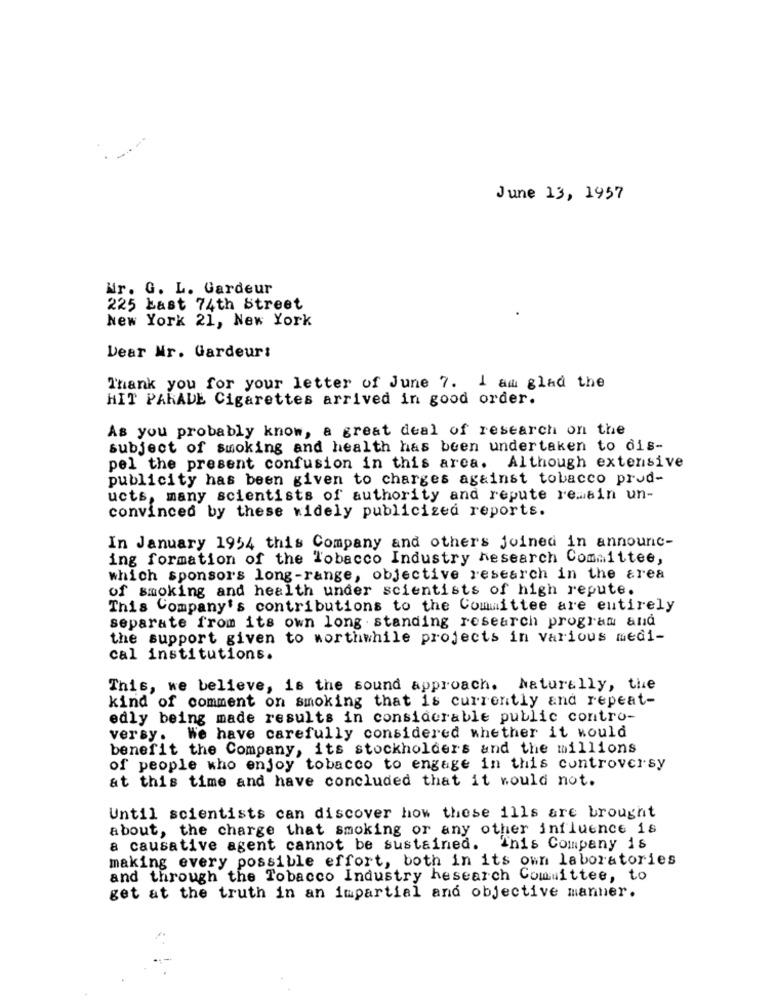
June 13, 1957
Nr.
G. L. Gardeur
225 Last 74th Street
New York 21, New York
Dear Mr. Gardeur:
Thank you for your letter of June 7. I am glad the
HIT PARADE Cigarettes arrived in good order.
As you probably know, a great deal of research on the
subject of smoking and health has been undertaken to dis-
pel the present confusion in this area. Although extensive
publicity has been given to charges against tobacco prod-
ucts, many scientists of authority and repute remain un-
convinced by these widely publicized reports.
In January 1954 this Company and others joined in announc-
ing formation of the Tobacco Industry hesearch Committee,
which sponsors long-range, objective research in the area
of smoking and health under scientists of high repute.
This Company's contributions to the Committee are entirely
separate from its own long standing research program and
the support given to worthwhile projects in various medi-
cal institutions.
This, we believe, is the sound approach. Naturally, the
kind of comment on smoking that is currently and repeat-
edly being made results in considerable public contro-
versy. We have carefully considered whether it would
benefit the Company, its stockholders and the millions
of people who enjoy tobacco to engage in this controversy
at this time and have concluded that it would not.
Until scientists can discover how these ills are brought
about, the charge that smoking or any other influence is
a causative agent cannot be sustained. "his Company is
making every possible effort, both in its own laboratories
and through the Tobacco Industry hesearch Committee, to
get at the truth in an impartial and objective manner.